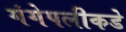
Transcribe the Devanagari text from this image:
गंगेपलीकडे